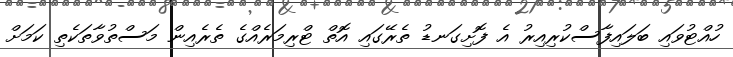
ހުއްޓުވައި ބަލައިފާސްކުރިއިރު އެ ފޮށިގަނޑު ތެރޭގައި އޮތް ޓްރިމަރެއްގެ ތެރެއިން މަސްތުވާތަކެތި ކަމަށް